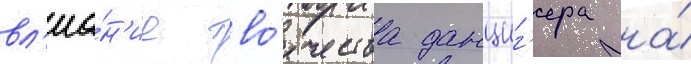
вл'иа́н'ие тво́рчества данциг'ера на́